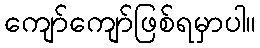
ကျော်ကျော်ဖြစ်ရမှာပါ။